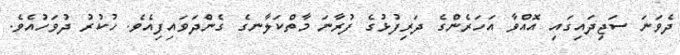
ދެވަނަ ސަޖިދައިގައި އޮއްވާ އަހަރެންގެ ދަރިފުޅުގެ ފުރާނަ މާތްކަލާނގެ ގެންދަވައިފިއެވެ. ހުކުރު ދުވަހުއެވެ.